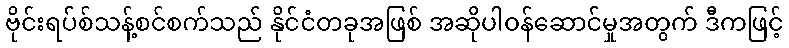
ဗိုင်းရပ်စ်သန့်စင်စက်သည် နိုင်ငံတခုအဖြစ် အဆိုပါဝန်ဆောင်မှုအတွက် ဒီကဖြင့်